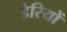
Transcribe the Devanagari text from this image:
डेरियों